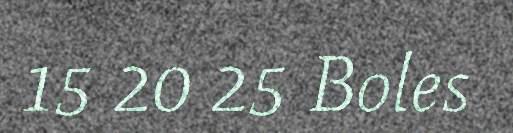
15 20 25 Boles